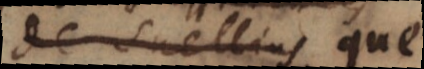
de celles qui